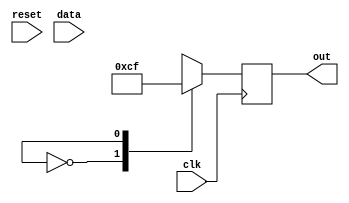
module out_l(      
							input    wire             reset,
							input    wire             clk,
                     input    wire    [3:0]    data,
                     output   reg     [6:0]    out
                                       
);

reg [3:0] temp_data = 0;

always @(posedge clk) begin
	temp_data <= data;
end


always @(posedge clk) begin
	if(temp_data != data) begin
		if (m < 6) begin
			if (l == 9) begin
				m <= m + 1;
			end
		end else begin
			m <= 0;
		end
	end
end

always @(posedge clk) begin  				
  case (l)	
		0:  out <= 7'b0000001;  
		1:  out <= 7'b1001111; 
		2:  out <= 7'b0010010; 
		3:  out <= 7'b0000110; 
		4:  out <= 7'b1001100; 
		5:  out <= 7'b0100100; 
		6:  out <= 7'b0100000;  
		7:  out <= 7'b0001111; 
		8:  out <= 7'b0000000;  
		9:  out <= 7'b0000100;			   				
		default 
		  out   <= 7'b0000001; 
	endcase
end

endmodule